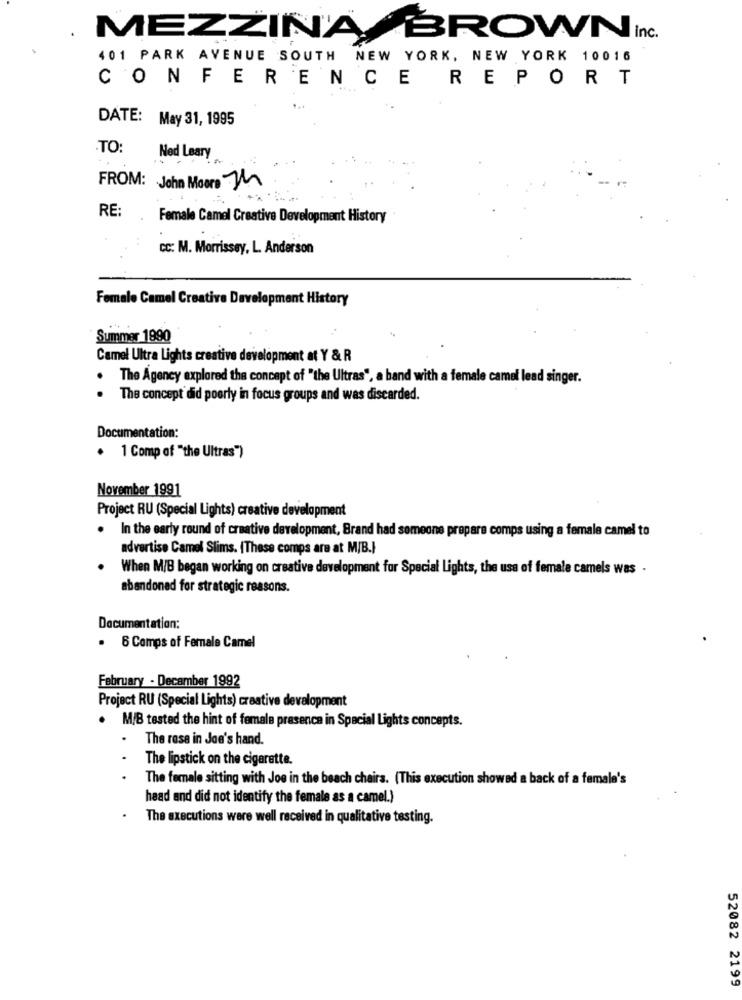
MEZZINA BROWN Inc.
401 PARK AVENUE SOUTH NEW YORK, NEW YORK 10016
CONFERENCE REPORT
DATE: May 31, 1995
.TO:
Ned Leary
FROM: John Moore Th
RE:
Female Camel Creative Development History
cc: M. Morrissey, L. Anderson
Female Camel Creative Development History
Summer 1890
Camel Ultra Lights creative development at Y & R
The Agency explored the concept of "the Ultras", a band with a female camel lead singer.
The concept did poorly in focus groups and was discarded.
Documentation:
. 1 Comp of "the Ultras")
November 1991
Project RU (Special Lights) creative development
. In the early round of creative development, Brand had someone prepare comps using a female camel to
advertise Camel Slims. (These comps are at M/B.}
When M/B began working on creative development for Special Lights, the use of female camels was .
abandoned for strategic reasons.
Documentation:
. 6 Comps of Female Camel
February - Decamber 1992
Project RU (Special Lights) creative development
. M/B tested the hint of female presence in Special Lights concepts.
The rose in Joe's hand.
The lipstick on the cigarette.
The female sitting with Joe in the beach chairs. (This execution showed a back of a female's
head and did not identify the female as a camel.)
The executions were well received in qualitative testing.
52082 2199